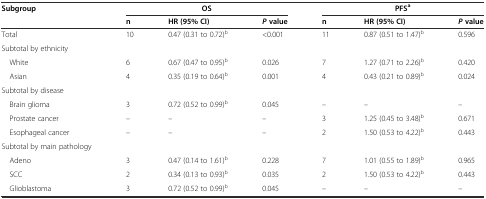
<table><thead><tr><td rowspan="2"><b>Subgroup</b></td><td colspan="3"><b>OS</b></td><td colspan="3"><b>PFS<sup>a</sup></b></td></tr><tr><td><b>n</b></td><td><b>HR (95% CI)</b></td><td><b><i>P</i>value</b></td><td><b>n</b></td><td><b>HR (95% CI)</b></td><td><b><i>P</i>value</b></td></tr></thead><tbody><tr><td>Total</td><td>10</td><td>0.47 (0.31 to 0.72)<sup>b</sup></td><td>&lt;0.001</td><td>11</td><td>0.87 (0.51 to 1.47)<sup>b</sup></td><td>0.596</td></tr><tr><td>Subtotal by ethnicity</td><td></td><td></td><td></td><td></td><td></td><td></td></tr><tr><td> White</td><td>6</td><td>0.67 (0.47 to 0.95)<sup>b</sup></td><td>0.026</td><td>7</td><td>1.27 (0.71 to 2.26)<sup>b</sup></td><td>0.420</td></tr><tr><td> Asian</td><td>4</td><td>0.35 (0.19 to 0.64)<sup>b</sup></td><td>0.001</td><td>4</td><td>0.43 (0.21 to 0.89)<sup>b</sup></td><td>0.024</td></tr><tr><td>Subtotal by disease</td><td></td><td></td><td></td><td></td><td></td><td></td></tr><tr><td> Brain glioma</td><td>3</td><td>0.72 (0.52 to 0.99)<sup>b</sup></td><td>0.045</td><td>–</td><td>–</td><td>–</td></tr><tr><td> Prostate cancer</td><td>–</td><td>–</td><td>–</td><td>3</td><td>1.25 (0.45 to 3.48)<sup>b</sup></td><td>0.671</td></tr><tr><td> Esophageal cancer</td><td>–</td><td>–</td><td>–</td><td>2</td><td>1.50 (0.53 to 4.22)<sup>b</sup></td><td>0.443</td></tr><tr><td>Subtotal by main pathology</td><td></td><td></td><td></td><td></td><td></td><td></td></tr><tr><td> Adeno</td><td>3</td><td>0.47 (0.14 to 1.61)<sup>b</sup></td><td>0.228</td><td>7</td><td>1.01 (0.55 to 1.89)<sup>b</sup></td><td>0.965</td></tr><tr><td> SCC</td><td>2</td><td>0.34 (0.13 to 0.93)<sup>b</sup></td><td>0.035</td><td>2</td><td>1.50 (0.53 to 4.22)<sup>b</sup></td><td>0.443</td></tr><tr><td> Glioblastoma</td><td>3</td><td>0.72 (0.52 to 0.99)<sup>b</sup></td><td>0.045</td><td>–</td><td>–</td><td>–</td></tr></tbody></table>